On the importance of larval characters in the classification of mosquitoes - Number 25
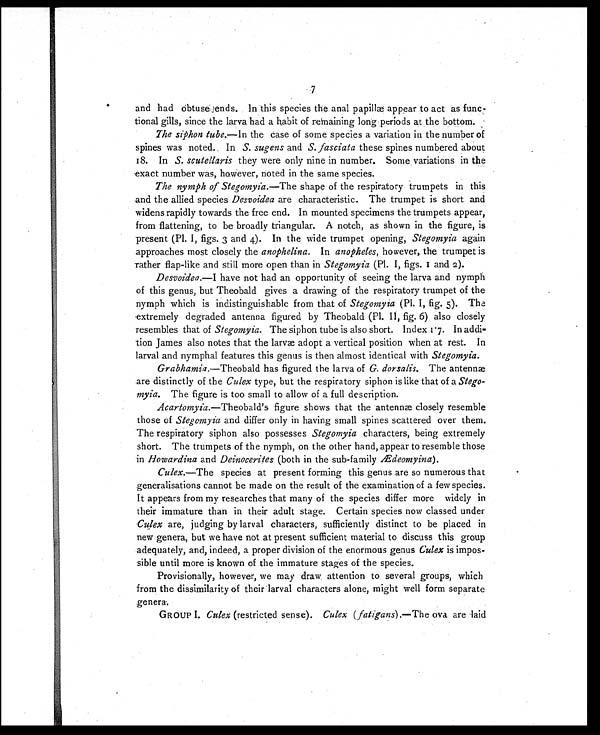
7
and had obtuse ends. In this species the anal papillæ appear to act as func-
tional gills, since the larva had a habit of remaining long periods at the bottom.
The siphon tube. —In the case of some species a variation in the number of
spines was noted. In S. sugens and S. fasciata these spines numbered about
18. In S. scutellaris they were only nine in number. Some variations in the
exact number was, however, noted in the same species.
The nymph of Stegomyia. —The shape of the respiratory trumpets in this
and the allied species Desvoidea are characteristic. The trumpet is short and
widens rapidly towards the free end. In mounted specimens the trumpets appear,
from flattening, to be broadly triangular. A notch, as shown in the figure, is
present (Pl. I, figs. 3 and 4). In the wide trumpet opening, Stegomyia again
approaches most closely the anophelina. In anopheles, however, the trumpet is
rather flap-like and still more open than in Stegomyia (Pl. I, figs. 1 and 2).
Desvoidea.—I have not had an opportunity of seeing the larva and nymph
of this genus, but Theobald gives a drawing of the respiratory trumpet of the
nymph which is indistinguishable from that of Stegomyia (Pl. I, fig. 5). The
extremely degraded antenna figured by Theobald (Pl. II, fig. 6) also closely
resembles that of Stegomyia. The siphon tube is also short. Index 1.7. In addi-
tion James also notes that the larvæ adopt a vertical position when at rest. In
larval and nymphal features this genus is then almost identical with Stegomyia.
Grabhamia. —Theobald has figured the larva of G. dorsalis. The antennæ
are distinctly of the Culex type, but the respiratory siphon is like that of a Stego-
myia. The figure is too small to allow of a full description.
Acartomyia. —Theobald's figure shows that the antennæ closely resemble
those of Stegomyia and differ only in having small spines scattered over them.
The respiratory siphon also possesses Stegomyia characters, being extremely
short. The trumpets of the nymph, on the other hand, appear to resemble those
in Howardina and Deinocerites (both in the sub-family Ædeomyina ).
Culex.—The species at present forming this genus are so numerous that
generalisations cannot be made on the result of the examination of a few species.
It appears from my researches that many of the species differ more widely in
their immature than in their adult stage. Certain species now classed under
Culex are, judging by larval characters, sufficiently distinct to be placed in
new genera, but we have not at present sufficient material to discuss this group
adequately, and, indeed, a proper division of the enormous genus Culex is impos-
sible until more is known of the immature stages of the species.
Provisionally, however, we may draw attention to several groups, which
from the dissimilarity of their larval characters alone, might well form separate
genera.
GROUP I. Culex (restricted sense). Culex (fatigans).—The ova are laid